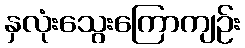
နှလုံးသွေးကြောကျဉ်း